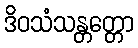
ဒိဝသံသန္တတ္တော